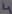
Text: 4